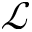
\mathcal { L }